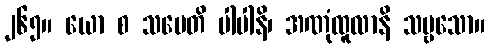
၂၆၅။ ယော စ သမေတိ ပါပါနိ၊ အဏုံထူလာနိ သဗ္ဗသော။